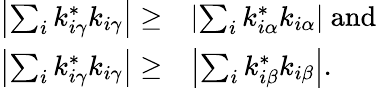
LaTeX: \begin{array}{rl}{\left|\sum_{i}k_{i\gamma}^{*}k_{i\gamma}\right|\geq}&{\left|\sum_{i}k_{i\alpha}^{*}k_{i\alpha}\right|\mathrm{~and}}\\ {\left|\sum_{i}k_{i\gamma}^{*}k_{i\gamma}\right|\geq}&{\left|\sum_{i}k_{i\beta}^{*}k_{i\beta}\right|.}\end{array}